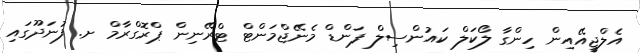
އެެލްޖީއޭއިން ހިންގާ ލޯކަލް ކައުންސިލް ފަންޑް މެނޭޖްމަންޓް ޓްރޭނިން ޕްރޮގްރާމް ށ. ފުނަދޫގައި